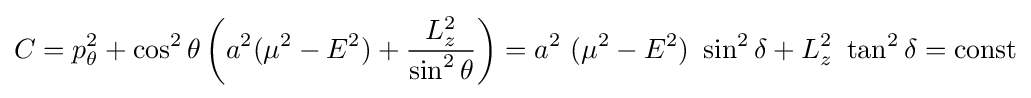
C=p_{\theta }^{2}+\cos ^{2}\theta \left(a^{2}(\mu ^{2}-E^{2})+{\frac {L_{z}^{2}}{\sin ^{2}\theta }}\right)=a^{2}\ (\mu ^{2}-E^{2})\ \sin ^{2}\delta +L_{z}^{2}\ \tan ^{2}\delta ={\rm {const}}